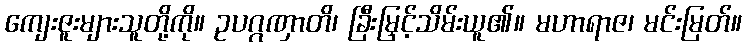
ကျေးဇူးများသူတို့ကို။ ဥပဂ္ဂဏှာတိ၊ ခြီးမြှင့်သိမ်းယူ၏။ မဟာရာဇ၊ မင်းမြတ်။